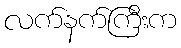
လက်နက်ကြီးက